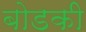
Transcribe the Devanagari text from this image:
बोडकी